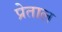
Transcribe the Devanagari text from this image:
प्रेताल